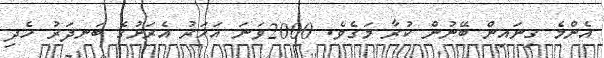
އެންމެ ގިނައިން ބޭނުން ކުރާ މަގެވެ. 2000ވަނަ އަހަރު އެރަށުގެ ބަނދަރު ހެދި